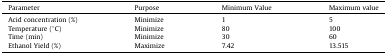
<table><thead><tr><td><b>Parameter</b></td><td><b>Purpose</b></td><td><b>Minimum Value</b></td><td><b>Maximum value</b></td></tr></thead><tbody><tr><td>Acid concentration (%)</td><td>Minimize</td><td>1</td><td>5</td></tr><tr><td>Temperature (°C)</td><td>Minimize</td><td>80</td><td>100</td></tr><tr><td>Time (min)</td><td>Minimize</td><td>30</td><td>60</td></tr><tr><td>Ethanol Yield (%)</td><td>Maximize</td><td>7.42</td><td>13.515</td></tr></tbody></table>